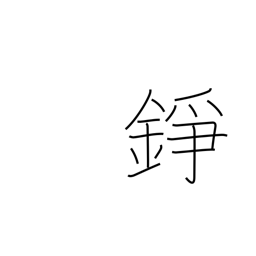
Meaning: gong